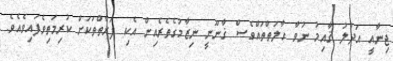
ޖިނާއީ އަދުލު ޤާއިމު ނުވާ ހާލަތްތައްވެސް ޤާނޫނީ ނިޒާމުގެތެރެއިން އެކި ފަރާތްތަކަށް ކުރިމަތިވެފައިިވެއެވެ.